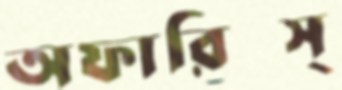
অফারিঙ্স্